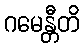
ဂမေန္တီတိ